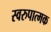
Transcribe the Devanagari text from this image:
स्वरुपात्मक